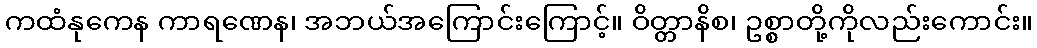
ကထံနုကေန ကာရဏေန၊ အဘယ်အကြောင်းကြောင့်။ ဝိတ္တာနိစ၊ ဥစ္စာတို့ကိုလည်းကောင်း။